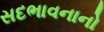
સદભાવનાનો